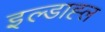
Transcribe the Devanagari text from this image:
इल्डाह्ल